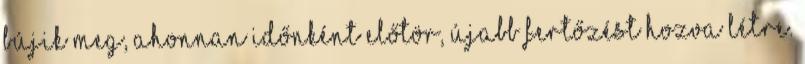
bújik meg, ahonnan időnként előtör, újabb fertőzést hozva létre.